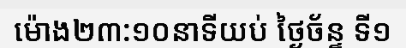
ម៉ោង២៣:១០នាទីយប់ ថ្ងៃច័ន្ទ ទី១